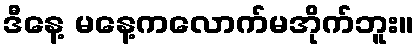
ဒီနေ့ မနေ့ကလောက်မအိုက်ဘူး။